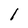
Character: l